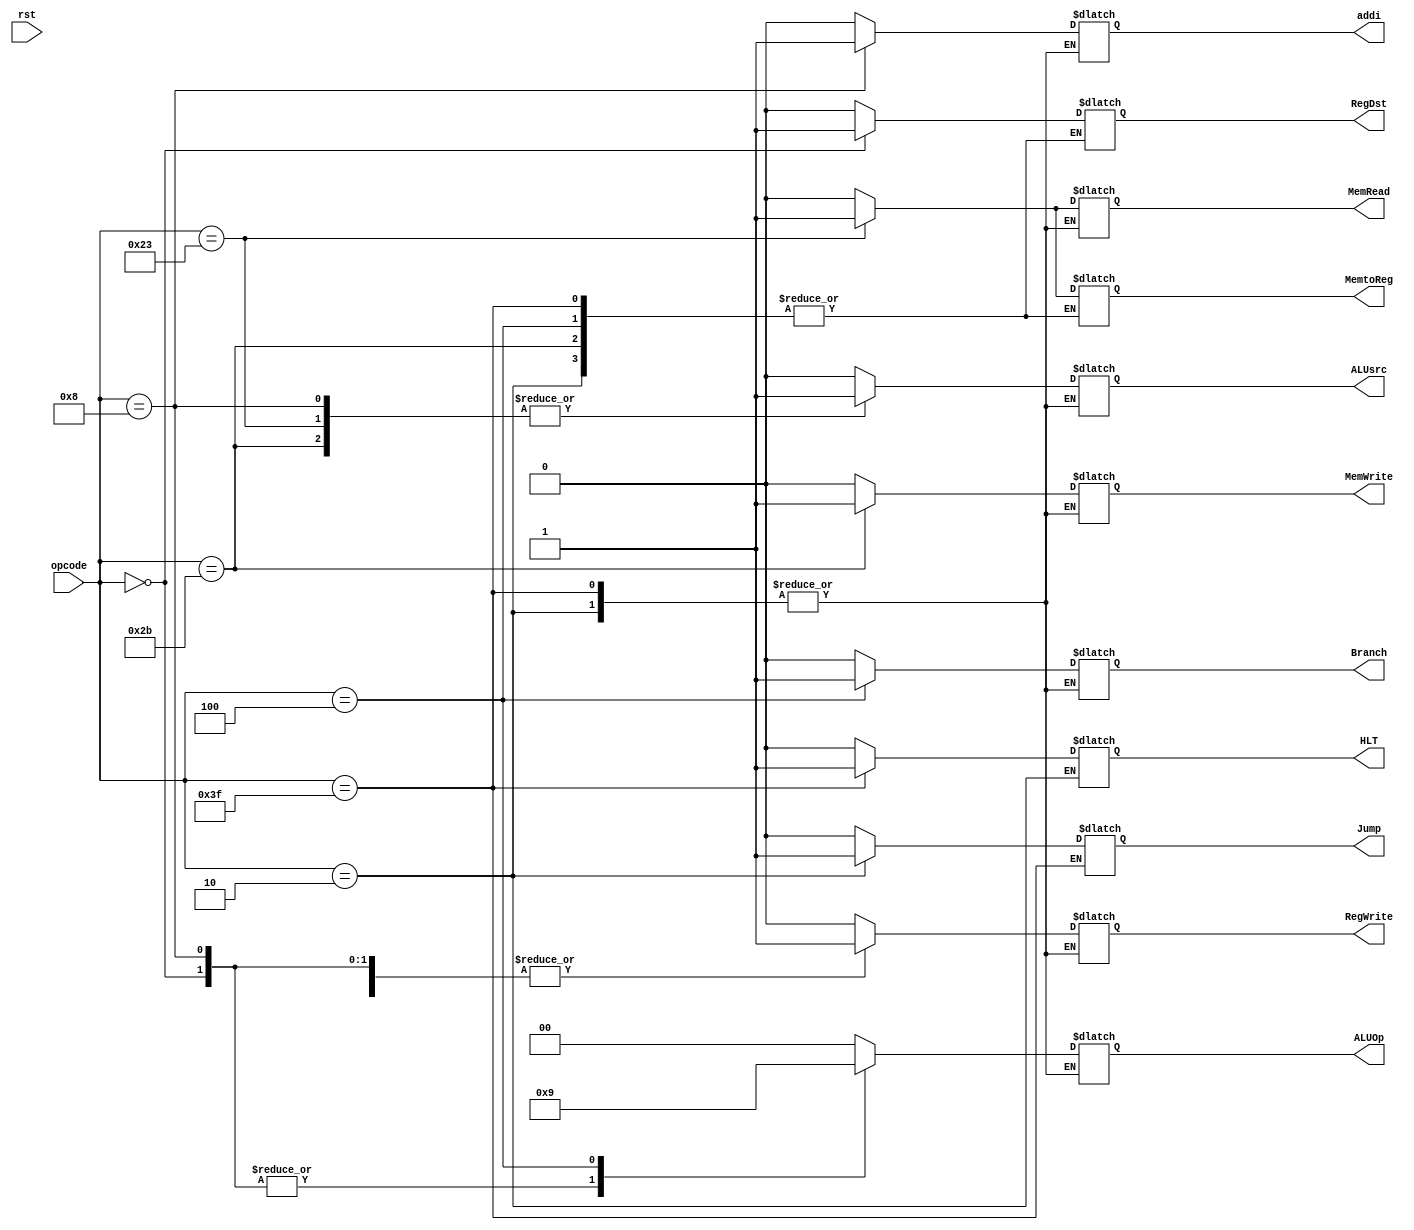
// EECE3324 Computer Architecture
// Advanced Project
// Tim Liming

// The control unit that takes 6-bit opcode in and generate a set of 9 control signals, 
// including RegDst, Jump, Branch, MemRead, MemtoReg, MemWrite, ALUsrc, RegWrite, 
// ALUop (which will be an input to the small ALU Control unit). 

// Taken from Figure 4.22 (Pg. 327)

`timescale 1ns / 1ns

module control_unit(opcode, rst, RegDst, Jump, Branch, 
                    MemRead, MemtoReg, MemWrite, ALUsrc, 
                    RegWrite, ALUOp, addi, HLT);
  
  input [5:0] opcode;
  input rst;
  output reg RegDst, Jump, Branch, MemRead, MemtoReg, 
              MemWrite, ALUsrc, RegWrite, addi, HLT;
  output reg [1:0] ALUOp;
  
  // initialize
  initial begin
    RegDst = 0;
    ALUsrc = 0;
    MemtoReg = 0;
    RegWrite = 0;
    MemRead = 0;
    MemWrite = 0;
    Branch = 0;
    ALUOp = 2'b00;
    Jump = 0;
    addi	= 0;
    HLT = 0;
  end
        
  // get outputs
  always @ (opcode) begin
    
	  // generate control signals
	  case (opcode)
	    // R-format
	    6'b000000: begin
	      RegDst = 1;
	      ALUsrc = 0;
	      MemtoReg = 0;
	      RegWrite = 1;
	      MemRead = 0;
	      MemWrite = 0;
	      Branch = 0;
	      ALUOp = 2'b10;
	      Jump = 0;
	      addi = 0;
	      HLT = 0;
      end
      
      // addi
      6'b001000: begin
        RegDst = 0;
	      ALUsrc = 1;
	      MemtoReg = 0;
	      RegWrite = 1;
	      MemRead = 0;
	      MemWrite = 0;
	      Branch = 0;
	      ALUOp = 2'b10;
	      Jump = 0;
	      addi = 1;
	      HLT = 0;
      end
        
      // lw
      6'b100011: begin
        RegDst = 0;
        ALUsrc = 1;
        MemtoReg = 1;
        RegWrite = 1;
        MemRead = 1;
        MemWrite = 0;
        Branch = 0;
	      ALUOp = 2'b00;
	      Jump = 0;
	      addi = 0;
	      HLT = 0;
      end
        
      // sw
      6'b101011: begin
        //RegDst = x;   (don't care)
        ALUsrc = 1;
        //MemtoReg = x; (don't care)
        RegWrite = 0;
        MemRead = 0;
        MemWrite = 1;
        Branch = 0;
	      ALUOp = 2'b00;
	      Jump = 0;
	      addi = 0;
	      HLT = 0;
		  end
        
      // beq
      6'b000100: begin
        //RegDst = x;   (don't care)
        ALUsrc = 0;
        //MemtoReg = x; (don't care)
        RegWrite = 0;
        MemRead = 0;
        MemWrite = 0;
        Branch = 1;
	      ALUOp = 2'b01;
	      Jump = 0;
	      addi = 0;
	      HLT = 0;
      end
      
      // jump
      6'b000010: begin
        //RegDst = x;     (don't care)
        //ALUsrc = x;     (don't care)
        //MemtoReg = x;   (don't care)
        //RegWrite = x;   (don't care)
        //MemRead = x;    (don't care)
        //MemWrite = x;   (don't care)
        //Branch = x;     (don't care)
        //ALUOp = 2'bxx;  (don't care)
        Jump = 1;
        //addi	= x;       (don't care)
        //HLT = x;        (don't care)
      end
      
      // Halt
      6'b111111: begin
        //RegDst = x;     (don't care)
        //ALUsrc = x;     (don't care)
        //MemtoReg = x;   (don't care)
        //RegWrite = x;   (don't care)
        //MemRead = x;    (don't care)
        //MemWrite = x;   (don't care)
        //Branch = x;     (don't care)
        //ALUOp = 2'bxx;  (don't care)
        //Jump = x;       (don't care)
        //addi	= x;       (don't care)
        HLT = 1;
      end     
      
      default: begin
        RegDst = 0;
        ALUsrc = 0;
        MemtoReg = 0;
        RegWrite = 0;
        MemRead = 0;
        MemWrite = 0;
        Branch = 0;
        ALUOp = 2'b00;
        Jump = 0;
        addi	= 0;
        HLT = 0;
      end
    endcase
  end
  
endmodule